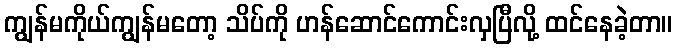
ကျွန်မကိုယ်ကျွန်မတော့ သိပ်ကို ဟန်ဆောင်ကောင်းလှပြီလို့ ထင်နေခဲ့တာ။